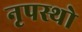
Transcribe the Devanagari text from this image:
नृपस्थो